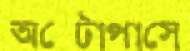
অক্টোপাসে